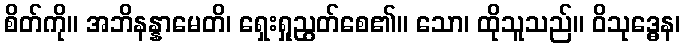
စိတ်ကို။ အဘိနန္နာမေတိ၊ ရှေးရှုညွတ်စေ၏။ သော၊ ထိုသူသည်။ ဝိသုဒ္ဓေန၊